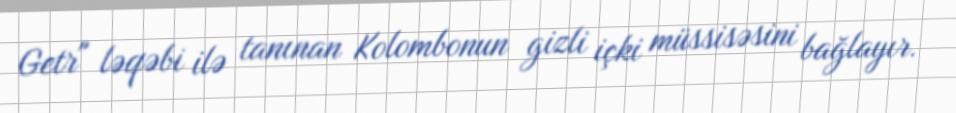
Getr" ləqəbi ilə tanınan Kolombonun gizli içki müssisəsini bağlayır.